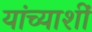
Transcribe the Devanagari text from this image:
यांच्याशीं